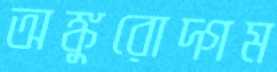
অঙ্কুরোদ্গম